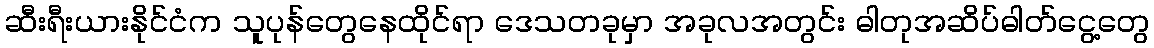
ဆီးရီးယားနိုင်ငံက သူပုန်တွေနေထိုင်ရာ ဒေသတခုမှာ အခုလအတွင်း ဓါတုအဆိပ်ဓါတ်ငွေ့တွေ